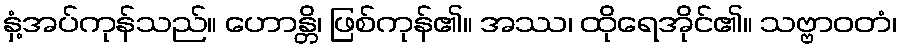
နှံ့အပ်ကုန်သည်။ ဟောန္တိ၊ ဖြစ်ကုန်၏။ အဿ၊ ထိုရေအိုင်၏။ သဗ္ဗာဝတံ၊